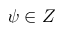
\psi \in Z